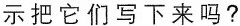
示把它们写下来吗？